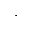
\cdot